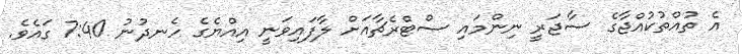
އެ ތުއްތުކުއްޖާގެ ސާޖަރީ ނިންމައި ސްޓްރެޗާއަށް ލާފައިވަނީ އިއްޔެގެ ހެނދުނު 7:40 ގައެވެ.